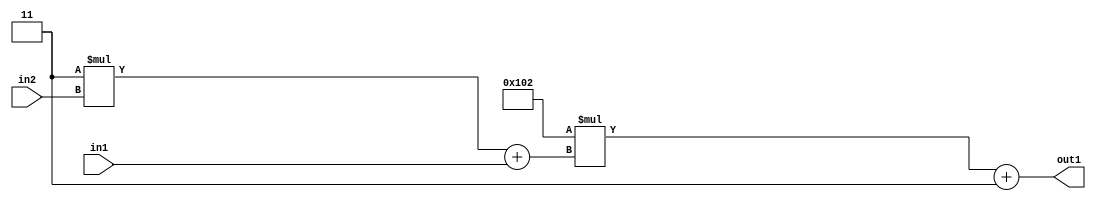
`timescale 1ps / 1ps
/*****************************************************************************
    Verilog RTL Description
    
    
    Created by: Stratus DpOpt 2019.1.01 
*******************************************************************************/

module DC_Filter_Add2i3Mul2i258Add2u1Mul2i3u2_4 (
	in2,
	in1,
	out1
	); /* architecture "behavioural" */ 
input [1:0] in2;
input  in1;
output [11:0] out1;
wire [11:0] asc001;
wire [3:0] asc002;

wire [3:0] asc002_tmp_0;
assign asc002_tmp_0 = 
	+(4'B0011 * in2);
assign asc002 = asc002_tmp_0
	+(in1);

wire [11:0] asc001_tmp_1;
assign asc001_tmp_1 = 
	+(12'B000100000010 * asc002);
assign asc001 = asc001_tmp_1
	+(12'B000000000011);

assign out1 = asc001;
endmodule

/* CADENCE  v7b0Tw8= : u9/ySgnWtBlWxVPRXgAZ4Og= ** DO NOT EDIT THIS LINE ******/